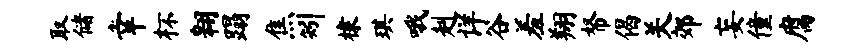
取储幸杯翱蹋焦矧棣琪哦赳详谷羞翔帑偈关郊妄僮腐